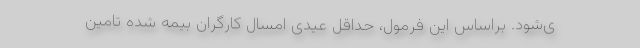
ی‌شود. براساس این فرمول، حداقل عیدی امسال کارگران بیمه شده تامین